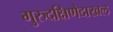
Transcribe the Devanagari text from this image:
गुरुदक्षिणेदाखल